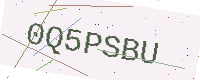
Text: 0Q5PSBU